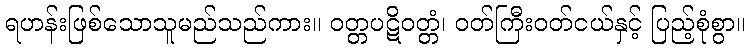
ရဟန်းဖြစ်သောသူမည်သည်ကား။ ဝတ္တပဋိဝတ္တံ၊ ဝတ်ကြီးဝတ်ငယ်နှင့် ပြည့်စုံစွာ။